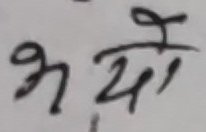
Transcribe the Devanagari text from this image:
भयो